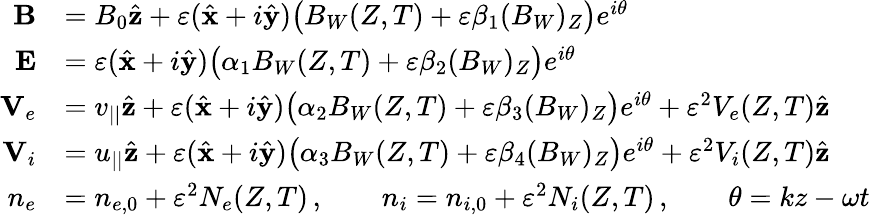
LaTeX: \begin{array}{rl}{{\mathbf B}}&{=B_{0}\hat{\mathbf z}+\varepsilon(\hat{\mathbf x}+i\hat{\mathbf y})\big(B_{W}(Z,T)+\varepsilon\beta_{1}(B_{W})_{Z}\big)e^{i\theta}}\\ {{\mathbf E}}&{=\varepsilon(\hat{\mathbf x}+i\hat{\mathbf y})\big(\alpha_{1}B_{W}(Z,T)+\varepsilon\beta_{2}(B_{W})_{Z}\big)e^{i\theta}}\\ {{\mathbf V}_{e}}&{=v_{||}\hat{\mathbf z}+\varepsilon(\hat{\mathbf x}+i\hat{\mathbf y})\big(\alpha_{2}B_{W}(Z,T)+\varepsilon\beta_{3}(B_{W})_{Z}\big)e^{i\theta}+\varepsilon^{2}V_{e}(Z,T)\hat{\mathbf z}}\\ {{\mathbf V}_{i}}&{=u_{||}\hat{\mathbf z}+\varepsilon(\hat{\mathbf x}+i\hat{\mathbf y})\big(\alpha_{3}B_{W}(Z,T)+\varepsilon\beta_{4}(B_{W})_{Z}\big)e^{i\theta}+\varepsilon^{2}V_{i}(Z,T)\hat{\mathbf z}}\\ {n_{e}}&{=n_{e,0}+\varepsilon^{2}N_{e}(Z,T)\, ,\qquad n_{i}=n_{i,0}+\varepsilon^{2}N_{i}(Z,T)\, ,\qquad\theta=kz-\omega t}\end{array}